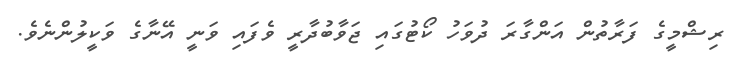
ރިޝްމީގެ ފަރާތުން އަންގާރަ ދުވަހު ކޯޓުގައި ޖަވާބުދާރީ ވެފައި ވަނީ އޭނާގެ ވަކީލުންނެވެ.